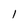
Character: I